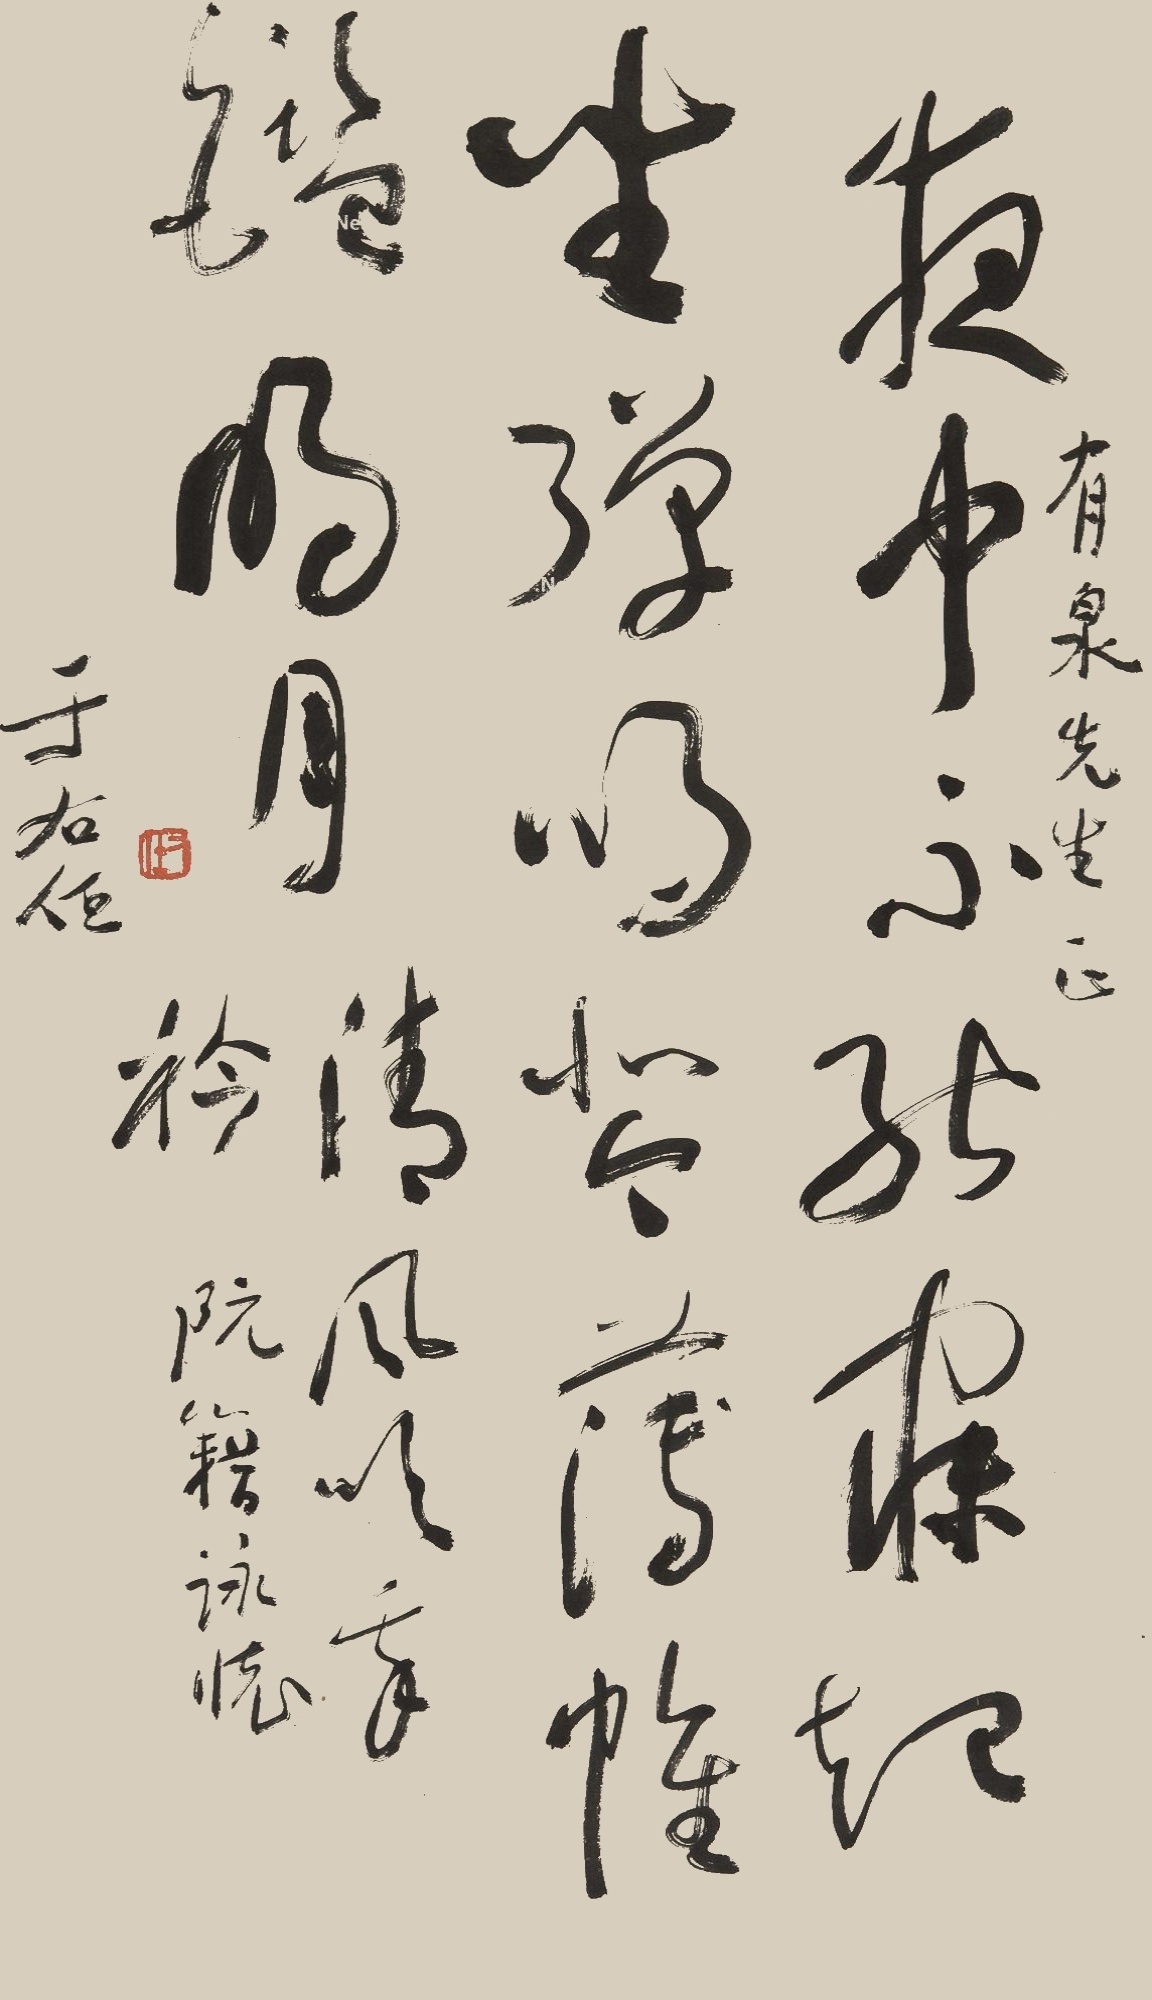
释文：夜中不能寐，起坐弹鸣琴。薄帷鉴明月，清风吹我衿。阮籍咏怀。有泉先生正。于右任。